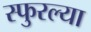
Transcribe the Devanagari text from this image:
स्फुरल्या